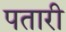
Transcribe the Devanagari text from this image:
पतारी